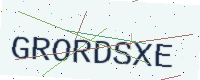
Text: GRORDSXE